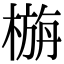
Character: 㮵